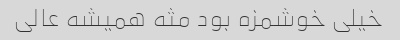
خیلی خوشمزه بود مثه همیشه عالی